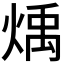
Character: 𪹋